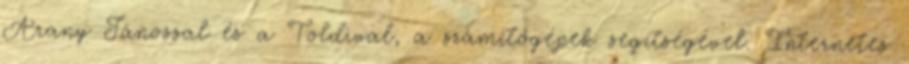
Arany Jánossal és a Toldival, a számítógépek segítségével. Internetes